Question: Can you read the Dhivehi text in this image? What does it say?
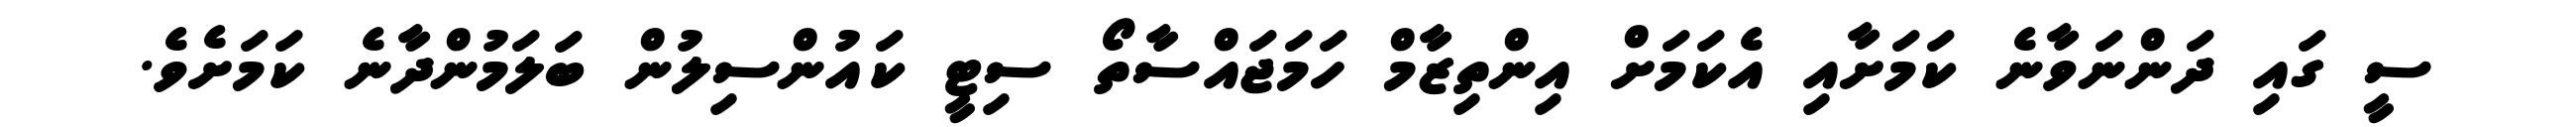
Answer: ސީ ގައި ދަންނަވާނެ ކަމަށާއި އެކަމަށް އިންތިޒާމް ހަމަޖައްސާތޯ ސިޓީ ކައުންސިލުން ބަލަމުންދާނެ ކަމަށެވެ.